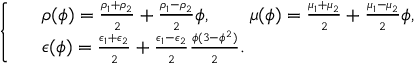
\small \left\{ \begin{array} { r l } & { \rho ( \phi ) = \frac { \rho _ { 1 } + \rho _ { 2 } } { 2 } + \frac { \rho _ { 1 } - \rho _ { 2 } } { 2 } \phi , \qquad \mu ( \phi ) = \frac { \mu _ { 1 } + \mu _ { 2 } } { 2 } + \frac { \mu _ { 1 } - \mu _ { 2 } } { 2 } \phi , } \\ & { \epsilon ( \phi ) = \frac { \epsilon _ { 1 } + \epsilon _ { 2 } } { 2 } + \frac { \epsilon _ { 1 } - \epsilon _ { 2 } } { 2 } \frac { \phi ( 3 - \phi ^ { 2 } ) } { 2 } . } \end{array} \right.